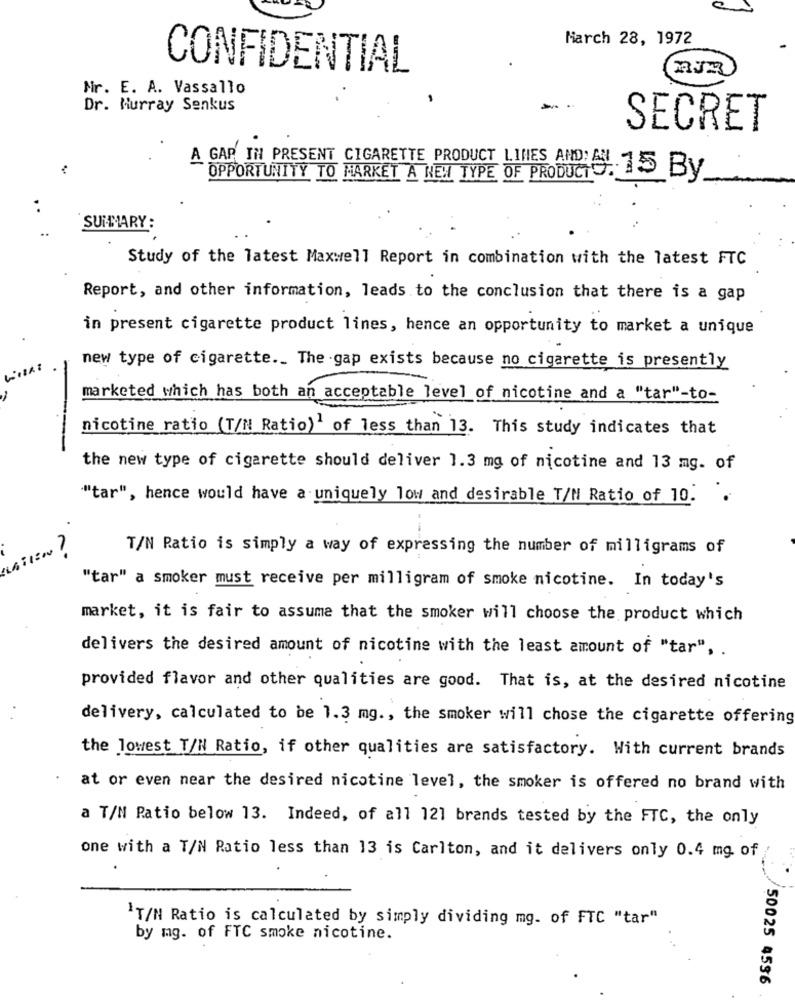
March 28, 1972
CONFIDENTIAL
Mr. E. A. Vassallo
Dr. Murray Senkus
SECRET
A GAP IN PRESENT CIGARETTE PRODUCT LINES AND EN 15 By
OPPORTUNITY TO MARKET A NEW TYPE OF PRODUCT
. .
SUMMARY:
Study of the latest Maxwell Report in combination with the latest FTC
Report, and other information, leads to the conclusion that there is a gap
in present cigarette product lines, hence an opportunity to market a unique
new type of cigarette ._ The gap exists because no cigarette is presently
marketed which has both an acceptable level of nicotine and a "tar"-to-
nicotine ratio (T/N Ratio)1 of less than 13. This study indicates that
--
the new type of cigarette should deliver 1.3 mg of nicotine and 13 mg. of
"tar", hence would have a uniquely low and desirable T/N Ratio of 10.
T/N Ratio is simply a way of expressing the number of milligrams of
"tar" a smoker must receive per milligram of smoke nicotine. In today's
market, it is fair to assume that the smoker will choose the product which
delivers the desired amount of nicotine with the least amount of "tar", .
provided flavor and other qualities are good. That is, at the desired nicotine
delivery, calculated to be 1.3 mg ., the smoker will chose the cigarette offering
the lowest T/N Ratio, if other qualities are satisfactory. With current brands
at or even near the desired nicotine level, the smoker is offered no brand with
a T/N Ratio below 13. Indeed, of all 121 brands tested by the FTC, the only
one with a T/N Ratio less than 13 is Carlton, and it delivers only 0.4 mg of
'T/N Ratio is calculated by simply dividing mg. of FTC "tar"
by mg. of FTC smoke nicotine.
/50025 4536